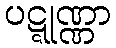
ပဋ္ဋုဏ္ဏာ